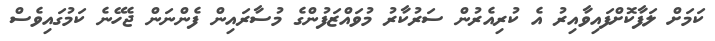
ކަަމަށް ލަފާކޮށްފައިވާއިރު އެ ކުރިއެރުން ސަރުކާރު މުވައްޒަފުންގެ މުސާރައިން ފެންނަން ޖެހޭނެ ކަމުގައިވެސް